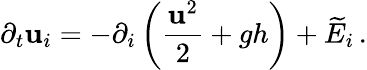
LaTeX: \partial_{t}\mathbf{u}_{i}=-\partial_{i}\left(\frac{{\mathbf{u}^{2}}}{{2}}+gh\right)+\widetilde{{E}}_{i}\, .